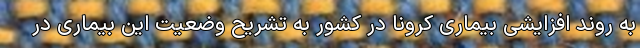
به روند افزایشی بیماری کرونا در کشور به تشریح وضعیت این بیماری در